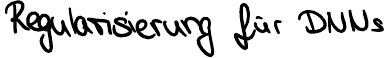
Regularisierung für DNNs